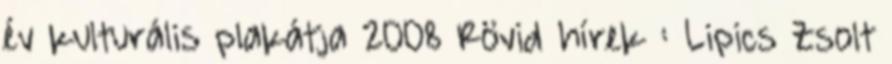
év kulturális plakátja 2008 Rövid hírek : Lipics Zsolt